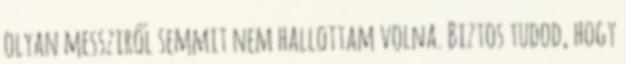
olyan messziről semmit nem hallottam volna. Biztos tudod, hogy